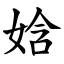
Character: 娢